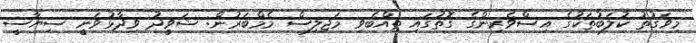
މިވަގުތު ކުލަބުތަކުގެ އިސްވެރިންގެ ގޮތުގައި ތިއްބެވި މަޖިލިސް މެމްބަރުން: ޝަވީދު ވިދާޅުވަނީ ސިޔާސީ